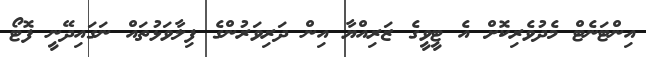
އިންޓަނެޓް މެދުވެރިކޮށް އެ ޓީވީގެ ޒަރިއްޔާ އިން ދަރިވަރުންގެ ފިލާވަޅުތައް ނަގައިދޭނީ ފޮޓޯ